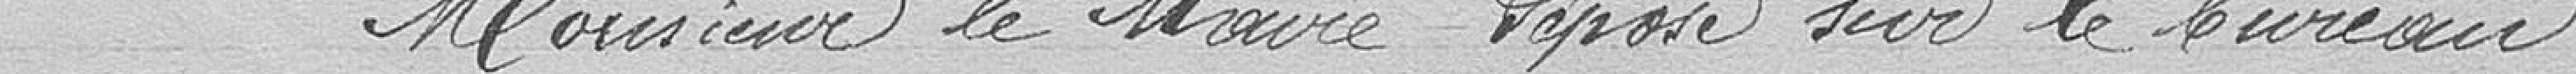
Monsieur le Maire pose sur le bureau